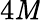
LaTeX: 4\mathit{M}